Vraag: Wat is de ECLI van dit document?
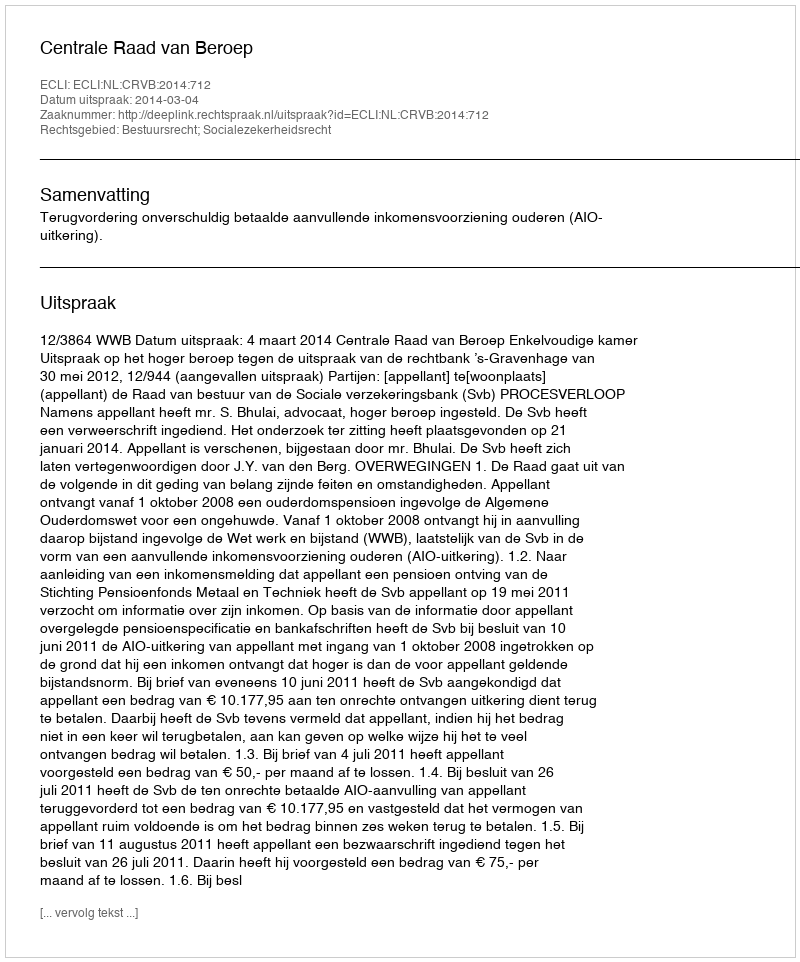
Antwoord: ECLI:NL:CRVB:2014:712